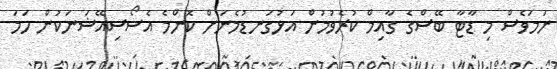
ނަމަވެސް މި ޑާޓާ ބޭސްގެ ގާއިމް ކުރެވުމުން އަޅުގަނޑުމެނަށް ކޮންމެ އެސޯސިއޭޝަނަކުން ހަމަ